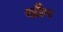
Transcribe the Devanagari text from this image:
शौप